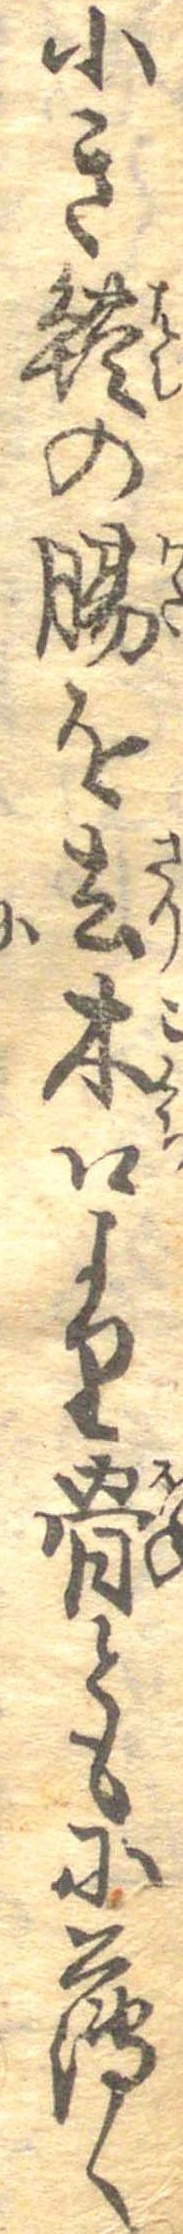
小き鱧の腸を去木口より骨ともに薄く